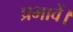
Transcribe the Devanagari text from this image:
प्रभावें।